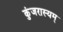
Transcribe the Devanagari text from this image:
कुंजरास्यम्